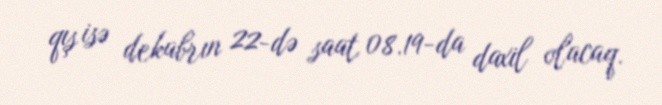
qış isə dekabrın 22-də saat 08.19-da daxil olacaq.